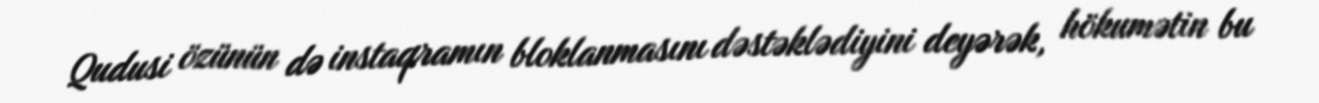
Qudusi özünün də instaqramın bloklanmasını dəstəklədiyini deyərək, hökumətin bu